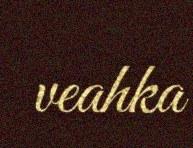
veahka